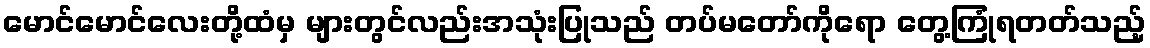
မောင်မောင်လေးတို့ထံမှ များတွင်လည်းအသုံးပြုသည် တပ်မတော်ကိုရော တွေ့ကြုံရတတ်သည့်